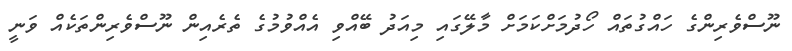
ނޫސްވެރިންގެ ހައްގުތައް ހޯދުމަށްކަމަށްް މާލޭގައި މިއަދު ބޭއްވި އެއްވުމުގެ ތެރެއިން ނޫސްވެރިންތަކެއް ވަނީ